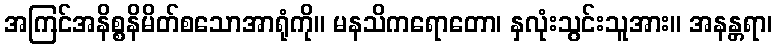
အကြင်အနိစ္စနိမိတ်စသောအာရုံကို။ မနသိကရောတော၊ နှလုံးသွင်းသူအား။ အနန္တရာ၊